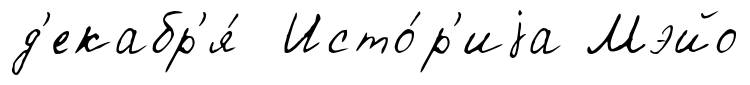
д'екабр'я́ Исто́р'иjа Мэйо